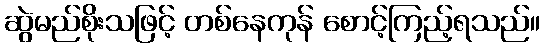
ဆွဲမည်စိုးသဖြင့် တစ်နေကုန် စောင့်ကြည့်ရသည်။